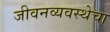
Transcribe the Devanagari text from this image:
जीवनव्यवस्थेचा